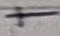
Text: +